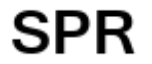
SPR